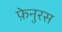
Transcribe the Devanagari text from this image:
फ़ेनुरस